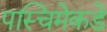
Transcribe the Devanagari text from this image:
पस्चिमेकडे